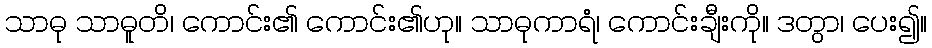
သာဓု သာဓူတိ၊ ကောင်း၏ ကောင်း၏ဟု။ သာဓုကာရံ၊ ကောင်းချီးကို။ ဒတွာ၊ ပေး၍။